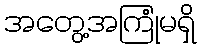
အတွေ့အကြုံမရှိ